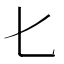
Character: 𠤎